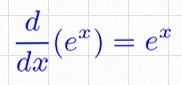
\frac{d}{dx}(e^x)=e^x